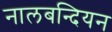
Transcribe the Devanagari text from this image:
नालबन्दियन